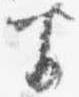
半